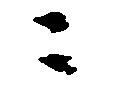
二